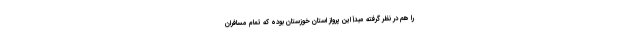
را هم در نظر گرفته مبدأ این پرواز استان خوزستان بوده که تمام مسافران